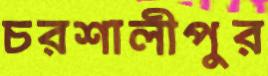
চরশালীপুর